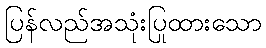
ပြန်လည်အသုံးပြုထားသော